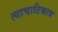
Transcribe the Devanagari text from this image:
त्याचाटिकाव